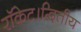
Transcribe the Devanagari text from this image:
रॉकेट।द्वितीय